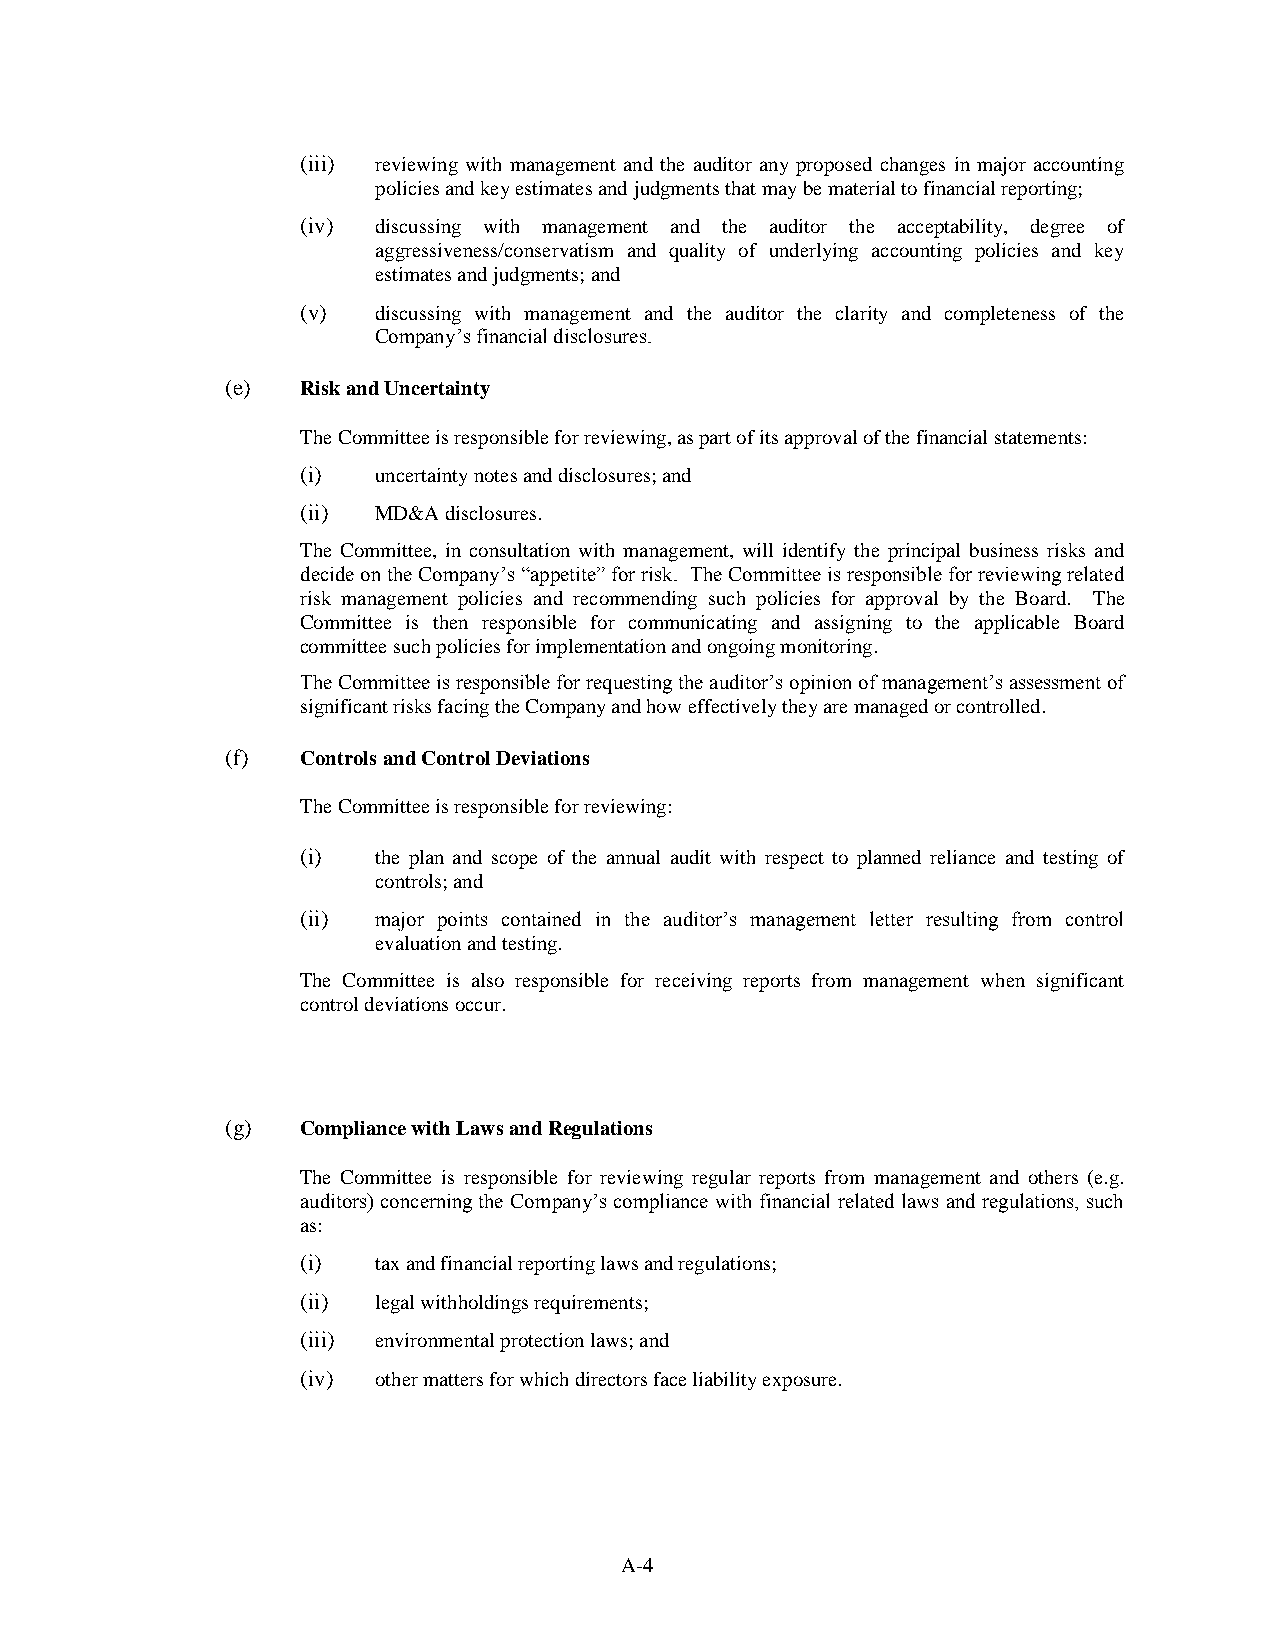
(iii) reviewing with management and the auditor any proposed changes in major accounting
 policies and key estimates and judgments that may be material to financial reporting;
 (iv) discussing with management and the auditor the acceptability, degree of
 aggressiveness/conservatism and quality of underlying accounting policies and key
 estimates and judgments; and
 (v)  discussing with management and the auditor the clarity and completeness of the
 Company’s financial disclosures.
 (e)  Risk and Uncertainty
 The Committee is responsible for reviewing, as part of its approval of the financial statements:
 (i)  uncertainty notes and disclosures; and
 (ii) MD&A disclosures.
 The Committee, in consultation with management, will identify the principal business risks and
 decide on the Company’s “appetite” for risk. The Committee is responsible for reviewing related
 risk management policies and recommending such policies for approval by the Board. The
 Committee is then responsible for communicating and assigning to the applicable Board
 committee such policies for implementation and ongoing monitoring.
 The Committee is responsible for requesting the auditor’s opinion of management’s assessment of
 significant risks facing the Company and how effectively they are managed or controlled.
 (f)  Controls and Control Deviations
 The Committee is responsible for reviewing:
 (i)  the plan and scope of the annual audit with respect to planned reliance and testing of
 controls; and
 (ii) major points contained in the auditor’s management letter resulting from control
 evaluation and testing.
 The Committee is also responsible for receiving reports from management when significant
 control deviations occur.
 (g)  Compliance with Laws and Regulations
 The Committee is responsible for reviewing regular reports from management and others (e.g.
 auditors) concerning the Company’s compliance with financial related laws and regulations, such
 as:
 (i)  tax and financial reporting laws and regulations;
 (ii) legal withholdings requirements;
 (iii) environmental protection laws; and
 (iv) other matters for which directors face liability exposure.
 A-4